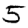
Digit: 5